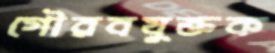
গৌরবযুক্তক